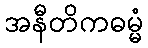
အနီတိကဓမ္မံ